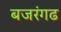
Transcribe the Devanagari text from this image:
बजरंगढ